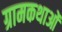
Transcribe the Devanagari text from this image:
ग्रामकथाओं